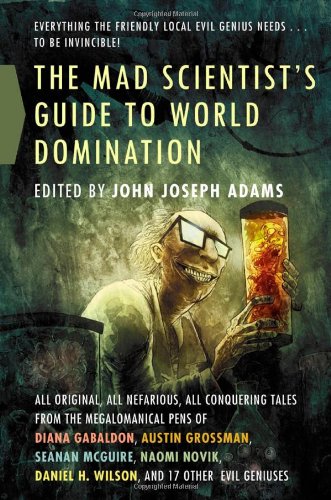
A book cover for The Mad Scientist's Guide to World Domination: Original Short Fiction for the Modern Evil Genius; Science Fiction & Fantasy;